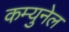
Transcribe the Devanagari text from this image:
कम्युनेल